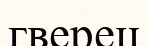
гверец